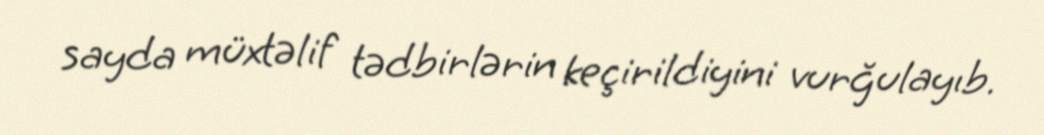
sayda müxtəlif tədbirlərin keçirildiyini vurğulayıb.